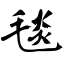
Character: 毯